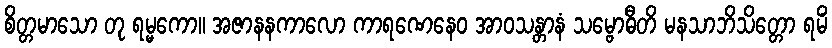
စိတ္တမာသော တု ရမ္မကော။ အဇာနနကာလော ကာရဏေနေဝ အာဝသန္တာနံ သမ္ဗောဓီတိ မနသာဘိသိတ္တော ရမိံ